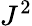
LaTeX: J^{2}